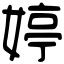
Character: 婷